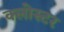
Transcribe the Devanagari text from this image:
क्लोस्टर